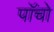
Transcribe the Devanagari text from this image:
पाॅंचो